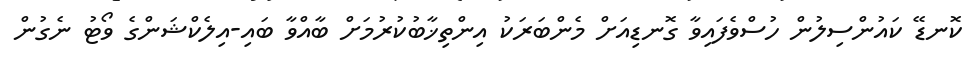
ކޮނޑޭ ކައުންސިލުން ހުސްވެފައިވާ ގޮނޑިއަށް މެންބަރަކު އިންތިޚާބުކުރުމަށް ބާއްވާ ބައި-އިލެކްޝަންގެ ވޯޓު ނެގުން